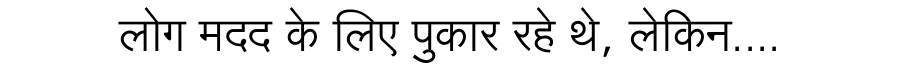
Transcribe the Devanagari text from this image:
लोग मदद के लिए पुकार रहे थे, लेकिन....